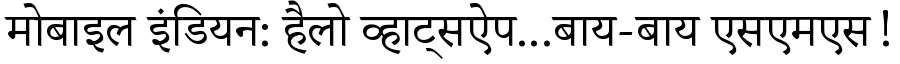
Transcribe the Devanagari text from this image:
मोबाइल इंडियन: हैलो व्हाट्सऐप...बाय-बाय एसएमएस!